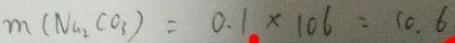
m ( N a _ { 2 } C O _ { 3 } ) = 0 . 1 \times 1 0 6 = 1 0 . 6